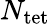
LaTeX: N_{\mathrm{tet}}